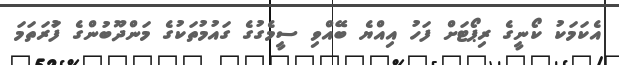
އެކަމަކު ކޯނީގެ ރިޕޯޓަށް ފަހު އިއްޔެ ބޭއްވި ސީމެގުގެ ގައުމުތަކުގެ މަންދޫބުންގެ ފުަރަތަމަ